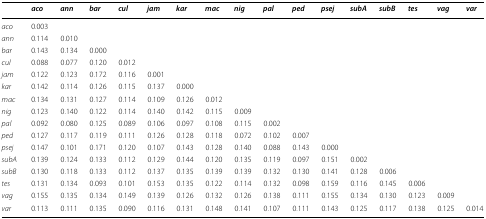
<table><thead><tr><td></td><td><b><i>aco</i></b></td><td><b><i>ann</i></b></td><td><b><i>bar</i></b></td><td><b><i>cul</i></b></td><td><b><i>jam</i></b></td><td><b><i>kar</i></b></td><td><b><i>mac</i></b></td><td><b><i>nig</i></b></td><td><b><i>pal</i></b></td><td><b><i>ped</i></b></td><td><b><i>psej</i></b></td><td><b><i>subA</i></b></td><td><b><i>subB</i></b></td><td><b><i>tes</i></b></td><td><b><i>vag</i></b></td><td><b><i>var</i></b></td></tr></thead><tbody><tr><td><i>aco</i></td><td>0.003</td><td></td><td></td><td></td><td></td><td></td><td></td><td></td><td></td><td></td><td></td><td></td><td></td><td></td><td></td><td></td></tr><tr><td><i>ann</i></td><td>0.114</td><td>0.010</td><td></td><td></td><td></td><td></td><td></td><td></td><td></td><td></td><td></td><td></td><td></td><td></td><td></td><td></td></tr><tr><td><i>bar</i></td><td>0.143</td><td>0.134</td><td>0.000</td><td></td><td></td><td></td><td></td><td></td><td></td><td></td><td></td><td></td><td></td><td></td><td></td><td></td></tr><tr><td><i>cul</i></td><td>0.088</td><td>0.077</td><td>0.120</td><td>0.012</td><td></td><td></td><td></td><td></td><td></td><td></td><td></td><td></td><td></td><td></td><td></td><td></td></tr><tr><td><i>jam</i></td><td>0.122</td><td>0.123</td><td>0.172</td><td>0.116</td><td>0.001</td><td></td><td></td><td></td><td></td><td></td><td></td><td></td><td></td><td></td><td></td><td></td></tr><tr><td><i>kar</i></td><td>0.142</td><td>0.114</td><td>0.126</td><td>0.115</td><td>0.137</td><td>0.000</td><td></td><td></td><td></td><td></td><td></td><td></td><td></td><td></td><td></td><td></td></tr><tr><td><i>mac</i></td><td>0.134</td><td>0.131</td><td>0.127</td><td>0.114</td><td>0.109</td><td>0.126</td><td>0.012</td><td></td><td></td><td></td><td></td><td></td><td></td><td></td><td></td><td></td></tr><tr><td><i>nig</i></td><td>0.123</td><td>0.140</td><td>0.122</td><td>0.114</td><td>0.140</td><td>0.142</td><td>0.115</td><td>0.009</td><td></td><td></td><td></td><td></td><td></td><td></td><td></td><td></td></tr><tr><td><i>pal</i></td><td>0.092</td><td>0.080</td><td>0.125</td><td>0.089</td><td>0.106</td><td>0.097</td><td>0.108</td><td>0.115</td><td>0.002</td><td></td><td></td><td></td><td></td><td></td><td></td><td></td></tr><tr><td><i>ped</i></td><td>0.127</td><td>0.117</td><td>0.119</td><td>0.111</td><td>0.126</td><td>0.128</td><td>0.118</td><td>0.072</td><td>0.102</td><td>0.007</td><td></td><td></td><td></td><td></td><td></td><td></td></tr><tr><td><i>psej</i></td><td>0.147</td><td>0.101</td><td>0.171</td><td>0.120</td><td>0.107</td><td>0.143</td><td>0.128</td><td>0.140</td><td>0.088</td><td>0.143</td><td>0.000</td><td></td><td></td><td></td><td></td><td></td></tr><tr><td><i>subA</i></td><td>0.139</td><td>0.124</td><td>0.133</td><td>0.112</td><td>0.129</td><td>0.144</td><td>0.120</td><td>0.135</td><td>0.119</td><td>0.097</td><td>0.151</td><td>0.002</td><td></td><td></td><td></td><td></td></tr><tr><td><i>subB</i></td><td>0.130</td><td>0.118</td><td>0.133</td><td>0.112</td><td>0.137</td><td>0.135</td><td>0.139</td><td>0.139</td><td>0.132</td><td>0.130</td><td>0.141</td><td>0.128</td><td>0.006</td><td></td><td></td><td></td></tr><tr><td><i>tes</i></td><td>0.131</td><td>0.134</td><td>0.093</td><td>0.101</td><td>0.153</td><td>0.135</td><td>0.122</td><td>0.114</td><td>0.132</td><td>0.098</td><td>0.159</td><td>0.116</td><td>0.145</td><td>0.006</td><td></td><td></td></tr><tr><td><i>vag</i></td><td>0.155</td><td>0.135</td><td>0.134</td><td>0.149</td><td>0.139</td><td>0.126</td><td>0.132</td><td>0.126</td><td>0.138</td><td>0.111</td><td>0.155</td><td>0.134</td><td>0.130</td><td>0.123</td><td>0.009</td><td></td></tr><tr><td><i>var</i></td><td>0.113</td><td>0.111</td><td>0.135</td><td>0.090</td><td>0.116</td><td>0.131</td><td>0.148</td><td>0.141</td><td>0.107</td><td>0.111</td><td>0.143</td><td>0.125</td><td>0.117</td><td>0.138</td><td>0.125</td><td>0.014</td></tr></tbody></table>